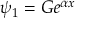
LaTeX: \psi _ { 1 } = G e ^ { \alpha x } \,